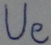
Text: Ue